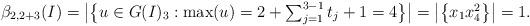
LaTeX: \begin{align*}\beta_{2,2+3}(I) = \big|\big\{u\in G(I)_3:\max(u)=2+\textstyle\sum_{j=1}^{3-1}t_j+1=4\big\}\big|=\big|\big\{x_1x_4^2\big\}\big| = 1. \end{align*}